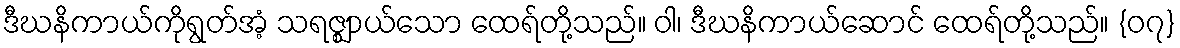
ဒီဃနိကာယ်ကိုရွတ်အံ့ သရဇ္ဈာယ်သော ထေရ်တို့သည်။ ဝါ၊ ဒီဃနိကာယ်ဆောင် ထေရ်တို့သည်။ {၀၇}